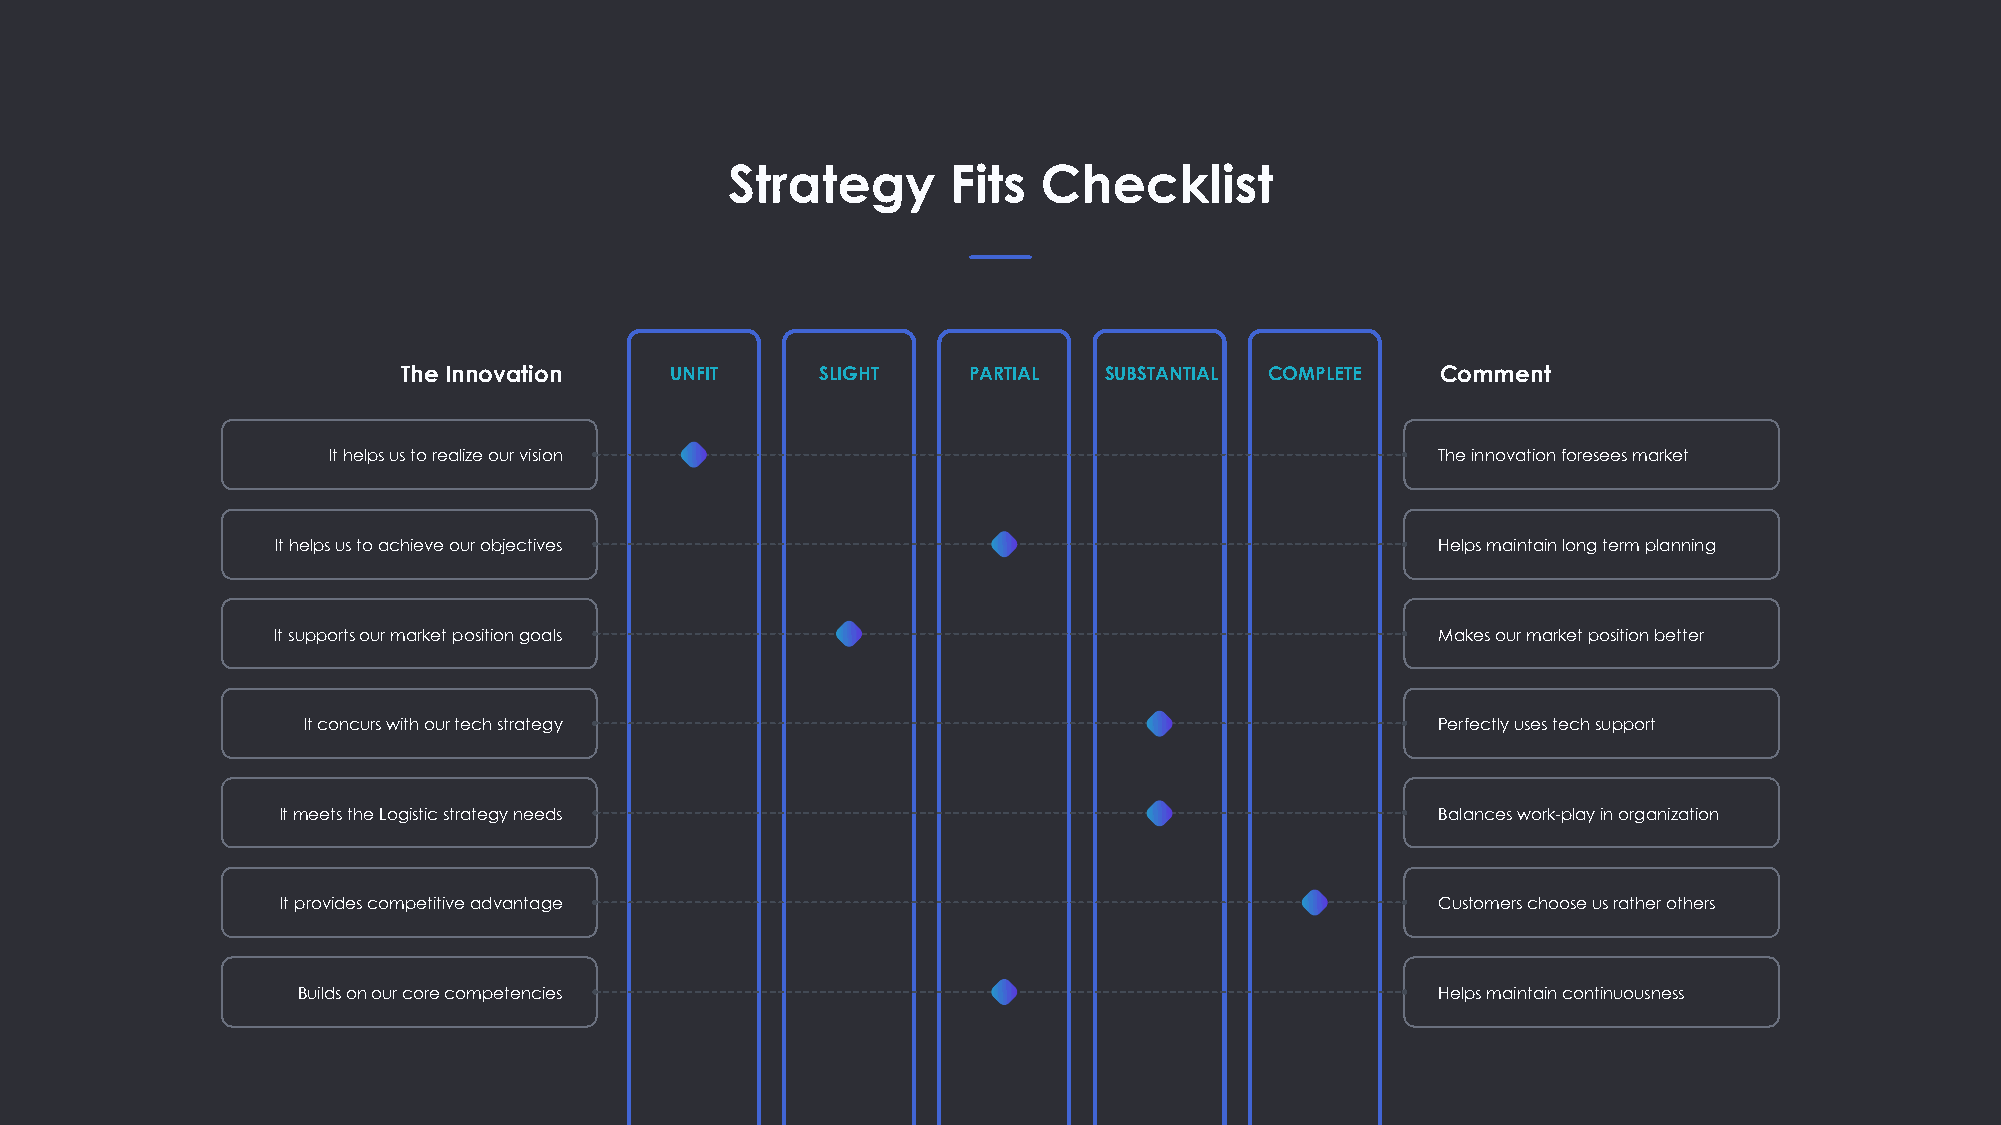
Strategy       Fits  Checklist
 The Innovation   UNFIT     SLIGHT    PARTIAL  SUBSTANTIAL COMPLETE  Comment
 It helps us to realize our vision                                        The innovation foresees market
 It helps us to achieve our objectives                                        Helps maintain long term planning
 It supports our market position goals                                        Makes our market position better
 It concurs with our tech strategy                                          Perfectly uses tech support
 It meets the Logistic strategy needs                                        Balances work-play in organization
 It provides competitive advantage                                           Customers choose us rather others
 Builds on our core competencies                                            Helps maintain continuousness